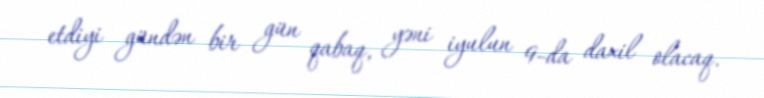
etdiyi gündən bir gün qabaq, yəni iyulun 9-da daxil olacaq.